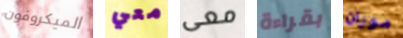
الميكروفون معي معى بقراءة موران